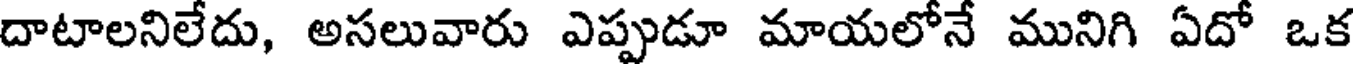
దాటాలనిలేదు, అసలువారు ఎప్పుడూ మాయలోనే మునిగి ఏదో ఒక